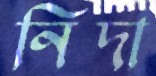
নিদা